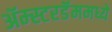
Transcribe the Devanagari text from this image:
ॲम्स्टरडॅममध्ये